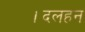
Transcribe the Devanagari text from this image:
।दलहन